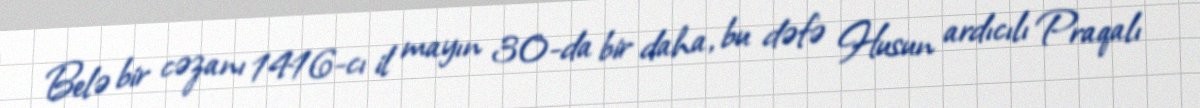
Belə bir cəzanı 1416-cı il mayın 30-da bir daha, bu dəfə Husun ardıcılı Praqalı